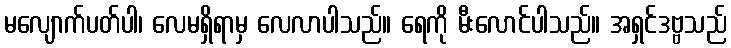
မလျောက်ပတ်ပါ၊ လေမရှိရာမှ လေလာပါသည်။ ရေကို မီးလောင်ပါသည်။ အရှင်ဒဗ္ဗသည်